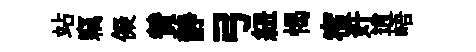
站竊儗賛静弓紐愒宿奸逍峿